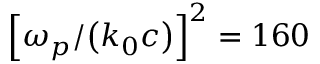
{ \left[ \omega _ { p } / { \left( k _ { 0 } c \right) } \right] } ^ { 2 } = 1 6 0